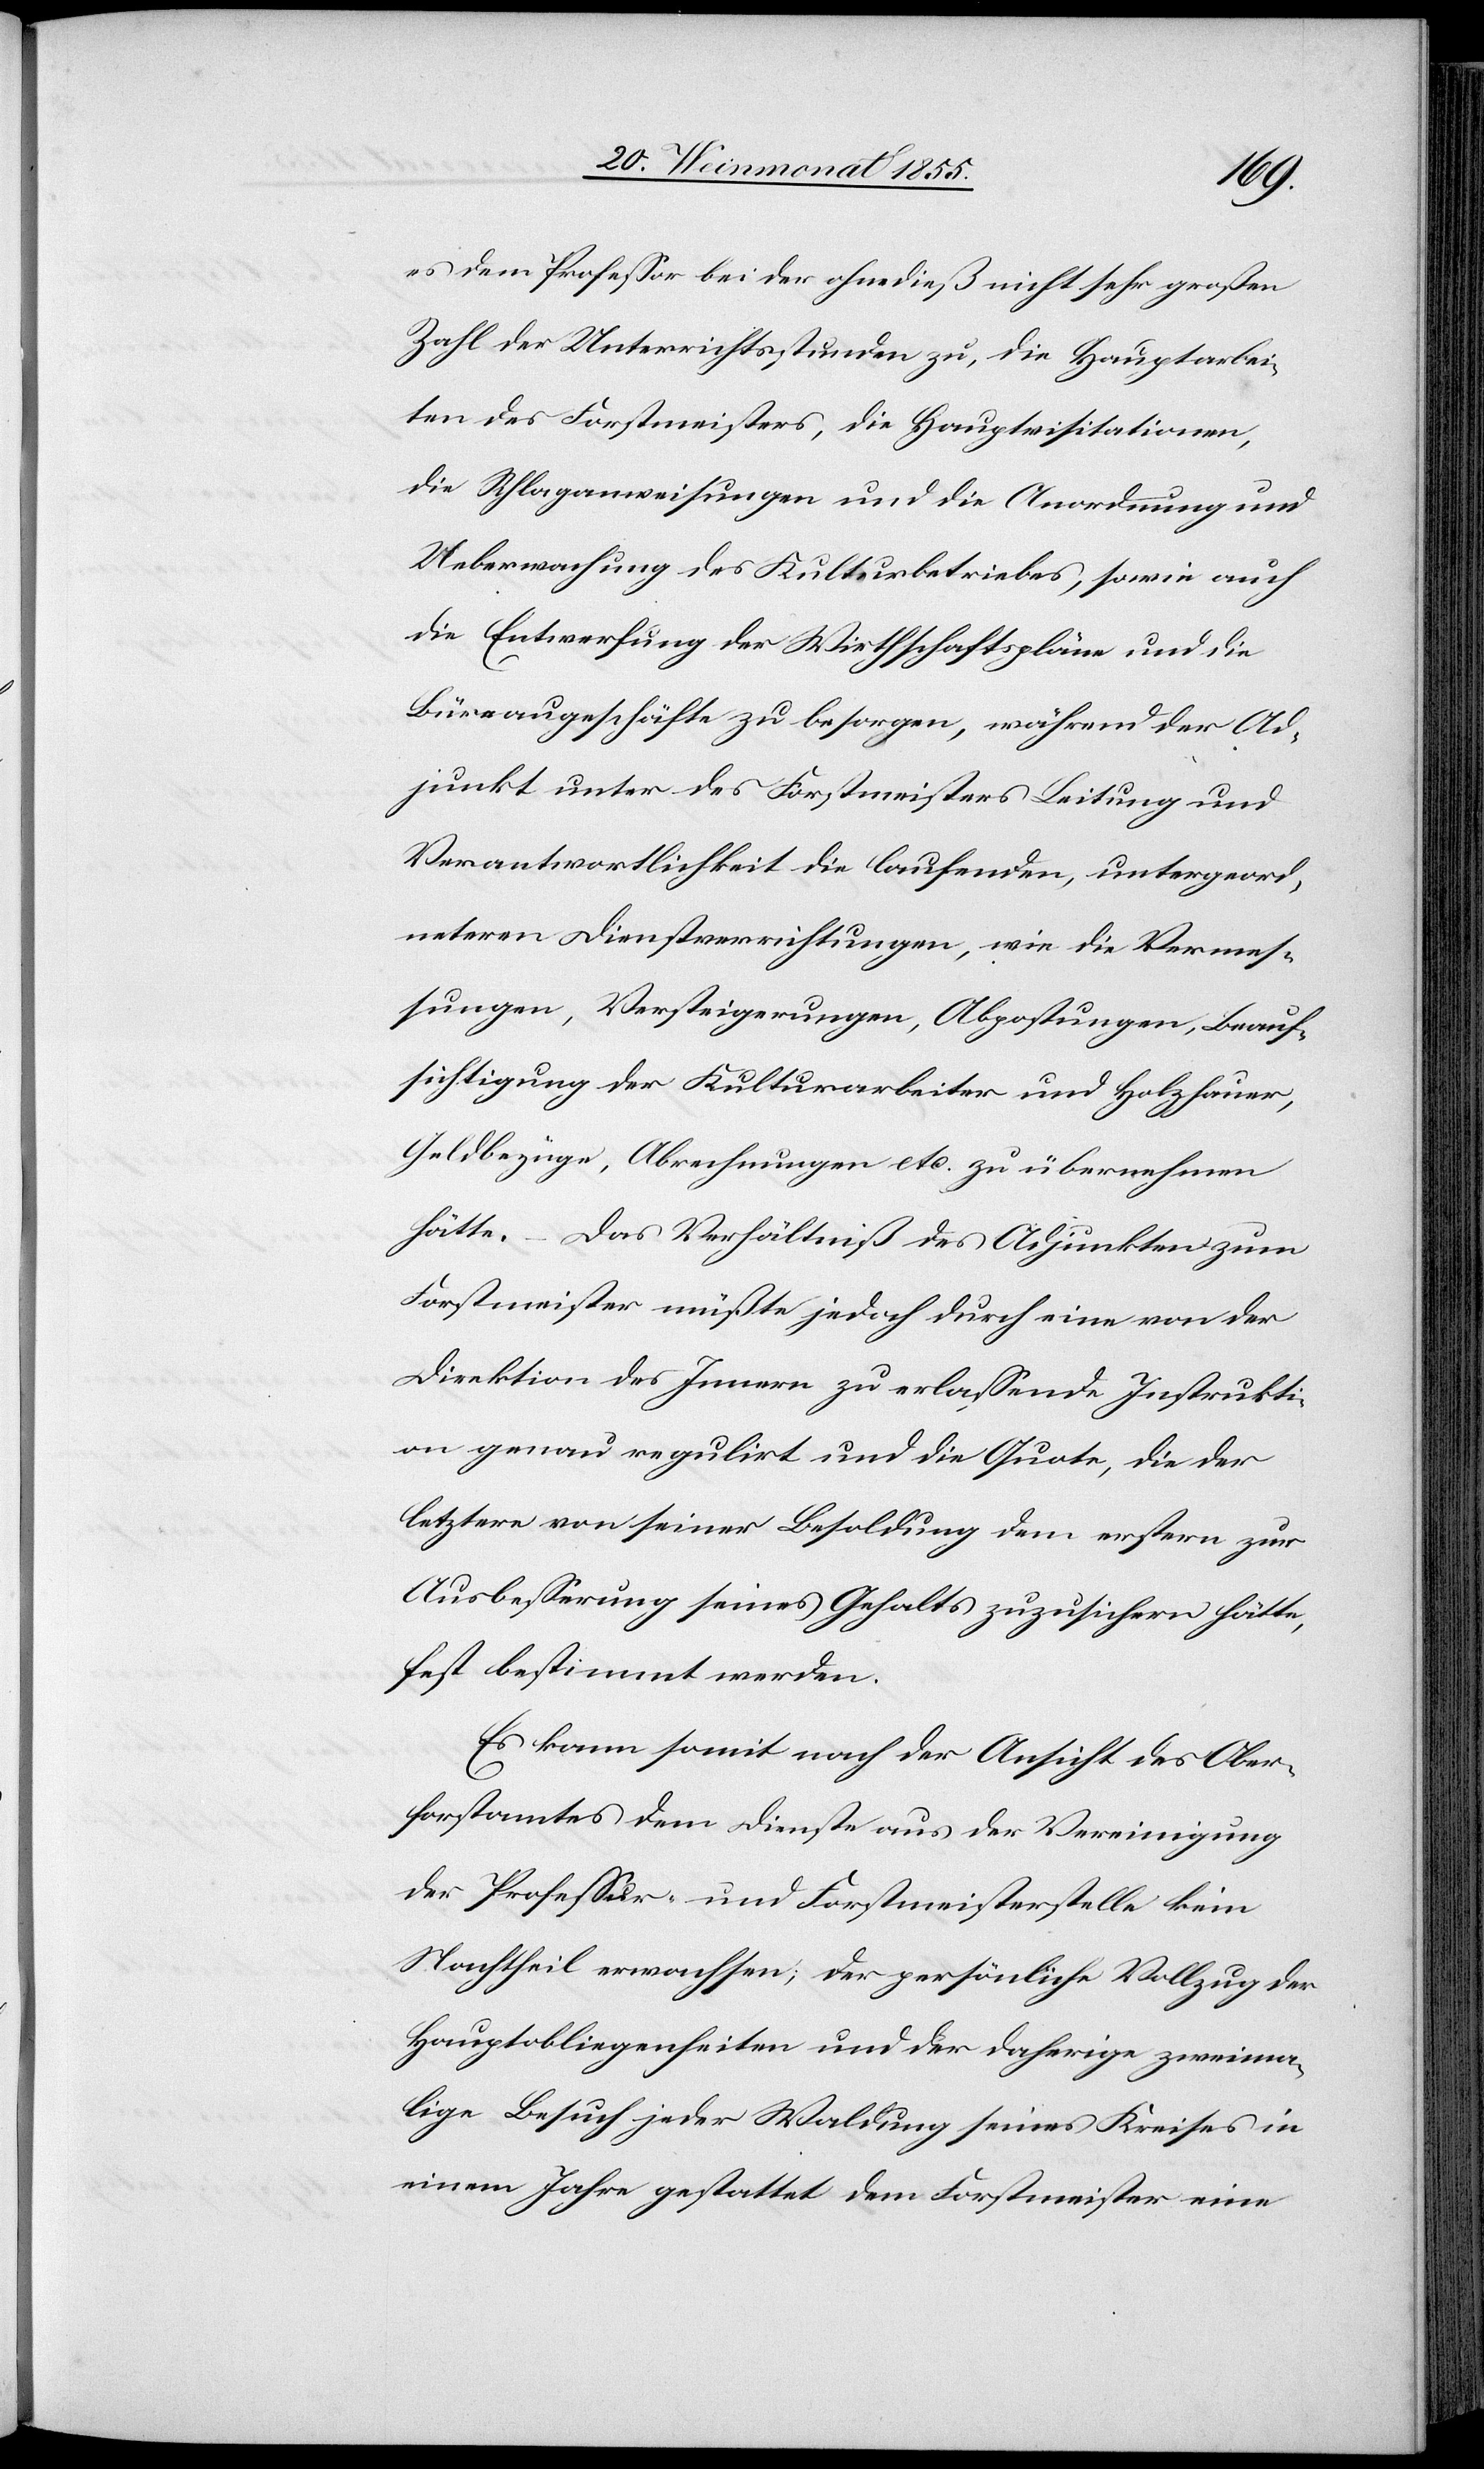
es dem Professor bei der ohnedieß nicht sehr großen
Zahl der Unterrichtsstunden zu, die Hauptarbei¬
ten des Forstmeisters, die Hauptvisitationen,
die Schlaganweisungen und die Anordnung und
Ueberwachung des Kulturbetriebes, sowie auch
die Entwerfung der Wirthschaftspläne und die
Büreaugeschäfte zu besorgen, während der Ad¬
junkt unter des Forstmeisters Leitung und
Verantwortlichkeit die laufenden, untergeord¬
neteren Dienstverrichtungen, wie die Vermes¬
sungen, Versteigerungen, Abpostungen, Beauf¬
sichtigung der Kulturarbeiter und Holzhauer,
Geldbezüge, Abrechnungen etc. zu übernehmen
hätte. – Das Verhältniß des Adjunkten zum
Forstmeister müßte jedoch durch eine von der
Direktion des Innern zu erlassende Instrukti¬
on genau regulirt und die Quote, die der
letztere von seiner Besoldung dem erstern zur
Ausbesserung seines Gehalts zuzusichern hätte,
fest bestimmt werden.
Es kann somit nach der Ansicht des Ober¬
forstamtes dem Dienste aus der Vereinigung
der Professur- und Forstmeisterstelle kein
Nachtheil erwachsen; der persönliche Vollzug der
Hauptobliegenheiten und der daherige zweima¬
lige Besuch jeder Waldung seines Kreises in
einem Jahre gestattet dem Forstmeister eine